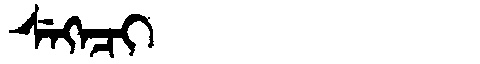
Manchu: ᠰᡝᡴᡝᠴᡳ
Romanization: SEKECI